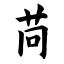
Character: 苘